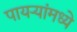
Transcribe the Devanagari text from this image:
पायऱ्यांमध्ये